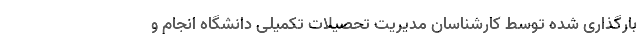
بارگذاری شده توسط کارشناسان مدیریت تحصیلات­ تکمیلی دانشگاه انجام و